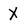
Character: X